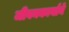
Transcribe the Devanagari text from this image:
जीवनकार्याने